Annual report of the Central Committee of the Association together with the report of the directors of the Pasteur Institute at Kasauli
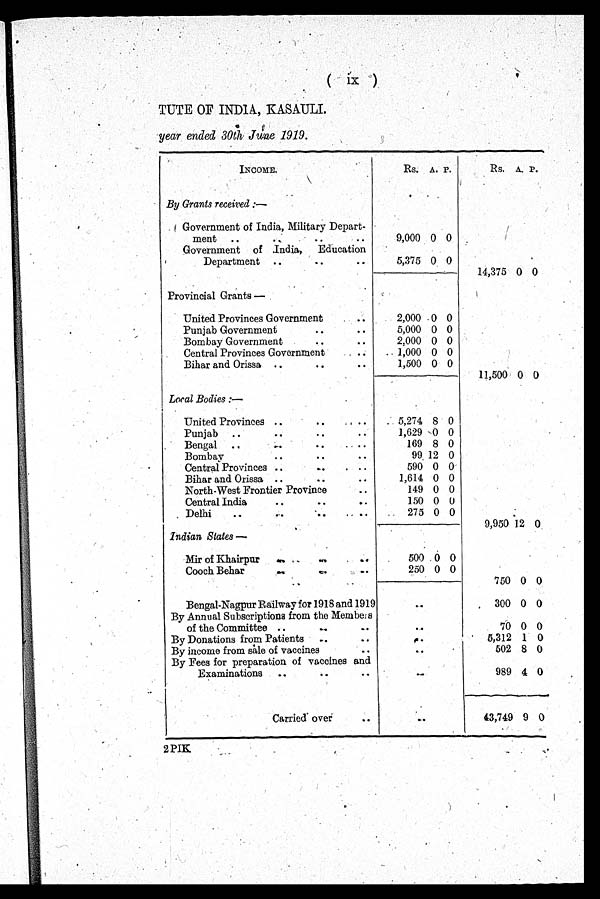
(ix)
TUTE OF INDIA, KASAULI.
year ended 30th June 1919.
INCOME.
Rs. A. P.
Rs. A. P.
By Grants received:—
Government of India, Military Depart
ment
..
..
..
..
9,000 0 0
Government of India, Education
Department ..
..
..
5,375 0 0
14,375 0 0
Provincial Grants—
United Provinces Government
..
2,000 0 0
Punjab Government
..
..
5,000 0 0
Bombay Government
..
. .
2,000 0 0
Central Provinces Government
1,000 0 0
Bihar and Orissa ..
..
. .
1,500 0 0
11,500 0 0
Local Bodies:—
United Provinces ..
..
..
5,274 8 0
Punjab ..
..
..
1,629 0 0
Bengal
..
..
. ..
169 8 0
Bombay
..
..
..
99 12 0
Central Provinces ..
590 0 0
Bihar and Orissa ..
..
..
1,614 0 0
North-West Frontier Province
. .
149 0 0
Central India
..
..
..
150 0 0
Delhi
. .
. .
275 0 0
9,950 12 0
Indian States—
Mir of Khairpur
.. ..
..
.. ..
500 0 0
Cooch Behar
..
..
250 0 0
750 0 0
Bengal-Nagpur Railway for 1918 and 1919
300 0 0
By Annual Subscriptions from the Membeis
of the Committee ..
..
..
. .
70 0 0
By Donations from Patients
..
..
5,312 1 0
By income from sale of vaccines
..
...
502 8 0
By Fees for preparation of vaccines and
Examinations
..
..
..
. .
989 4 0
Carried. over
. .
.
..0
43,749 9 0
2 PIK